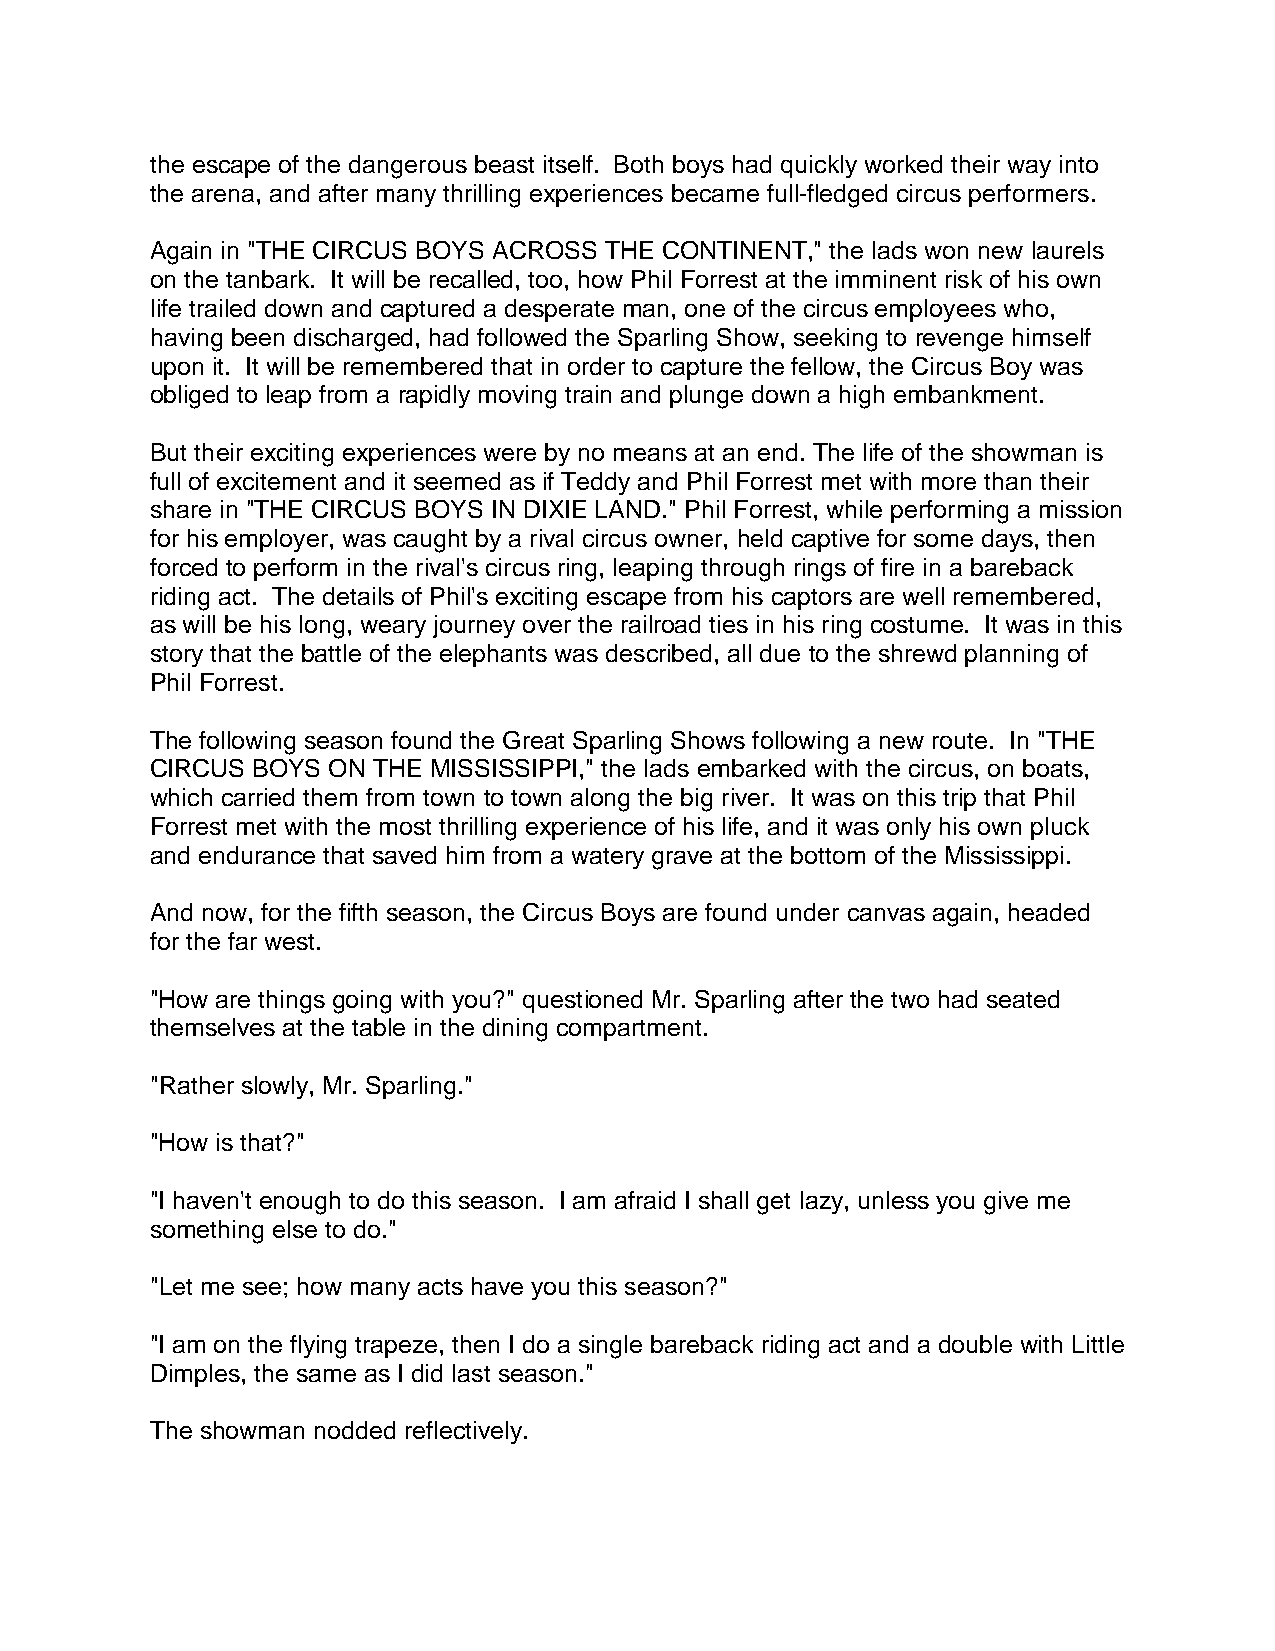
the escape of the dangerous beast itself. Both boys had quickly worked their way into
 the arena, and after many thrilling experiences became full-fledged circus performers.
 Again in "THE CIRCUS BOYS ACROSS THE CONTINENT," the lads won new laurels
 on the tanbark. It will be recalled, too, how Phil Forrest at the imminent risk of his own
 life trailed down and captured a desperate man, one of the circus employees who,
 having been discharged, had followed the Sparling Show, seeking to revenge himself
 upon it. It will be remembered that in order to capture the fellow, the Circus Boy was
 obliged to leap from a rapidly moving train and plunge down a high embankment.
 But their exciting experiences were by no means at an end. The life of the showman is
 full of excitement and it seemed as if Teddy and Phil Forrest met with more than their
 share in "THE CIRCUS BOYS IN DIXIE LAND." Phil Forrest, while performing a mission
 for his employer, was caught by a rival circus owner, held captive for some days, then
 forced to perform in the rival's circus ring, leaping through rings of fire in a bareback
 riding act. The details of Phil's exciting escape from his captors are well remembered,
 as will be his long, weary journey over the railroad ties in his ring costume. It was in this
 story that the battle of the elephants was described, all due to the shrewd planning of
 Phil Forrest.
 The following season found the Great Sparling Shows following a new route. In "THE
 CIRCUS BOYS ON THE MISSISSIPPI," the lads embarked with the circus, on boats,
 which carried them from town to town along the big river. It was on this trip that Phil
 Forrest met with the most thrilling experience of his life, and it was only his own pluck
 and endurance that saved him from a watery grave at the bottom of the Mississippi.
 And now, for the fifth season, the Circus Boys are found under canvas again, headed
 for the far west.
 "How are things going with you?" questioned Mr. Sparling after the two had seated
 themselves at the table in the dining compartment.
 "Rather slowly, Mr. Sparling."
 "How is that?"
 "I haven't enough to do this season. I am afraid I shall get lazy, unless you give me
 something else to do."
 "Let me see; how many acts have you this season?"
 "I am on the flying trapeze, then I do a single bareback riding act and a double with Little
 Dimples, the same as I did last season."
 The showman nodded reflectively.